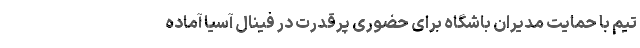
تیم با حمایت مدیران باشگاه برای حضوری پرقدرت در فینال آسیا آماده